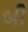
બી